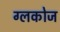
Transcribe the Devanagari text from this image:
ग्लकोज